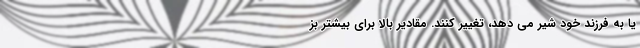
یا به فرزند خود شیر می دهد، تغییر کنند. مقادیر بالا برای بیشتر بز